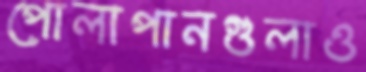
পোলাপানগুলাও